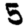
Digit: 5